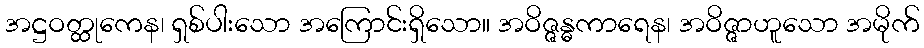
အဋ္ဌဝတ္ထုကေန၊ ရှစ်ပါးသော အကြောင်းရှိသော။ အဝိဇ္ဇန္ဓကာရေန၊ အဝိဇ္ဇာဟူသော အမိုက်